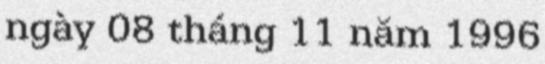
ngày 08 tháng 11 năm 1996